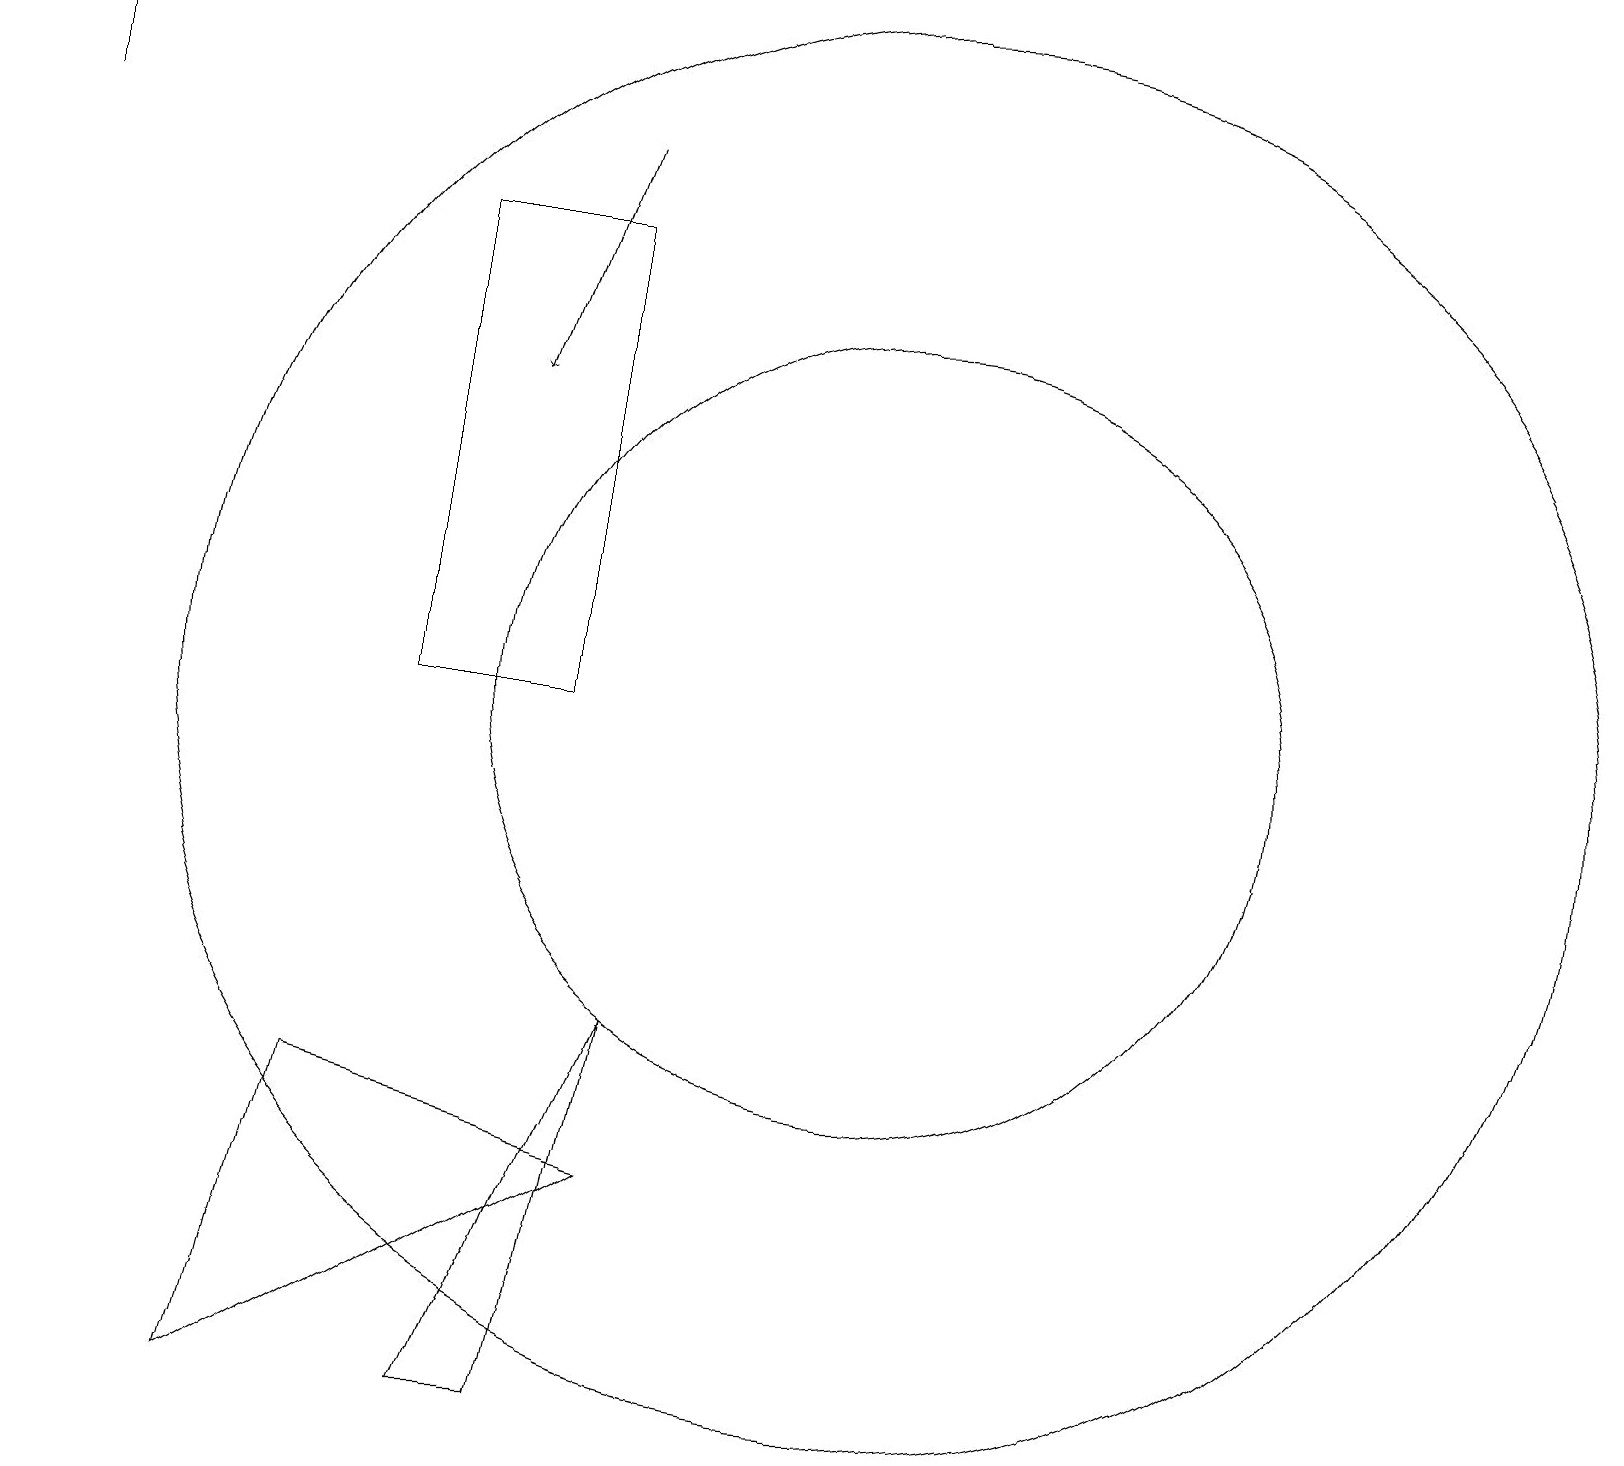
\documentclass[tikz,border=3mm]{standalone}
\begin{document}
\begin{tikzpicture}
\draw (12,10) circle (5);
\draw (12,10) circle (9);
\draw[->] (1,17) -- (1,19);
\draw (9,6) -- (8,1) -- (7,1) -- cycle;
\draw (8,16) rectangle (6,10);
\draw[->] (8,17) -- (7,14);
\draw (5,5) -- (9,4) -- (4,1) -- cycle;
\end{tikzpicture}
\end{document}